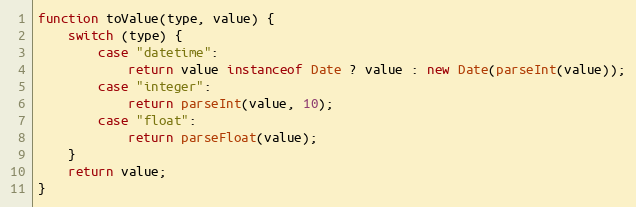
Language: JavaScript
function toValue(type, value) {
    switch (type) {
        case "datetime":
            return value instanceof Date ? value : new Date(parseInt(value));
        case "integer":
            return parseInt(value, 10);
        case "float":
            return parseFloat(value);
    }
    return value;
}